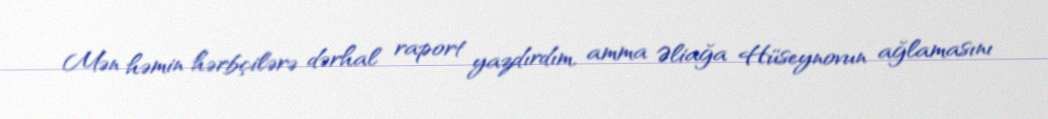
Mən həmin hərbçilərə dərhal raport yazdırdım, amma Əliağa Hüseynovun ağlamasını